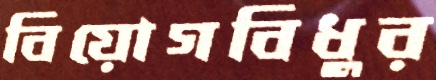
বিয়োগবিধুর